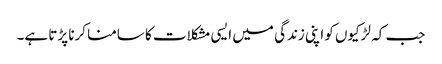
جب کہ لڑکیوں کو اپنی زندگی میں ایسی مشکلات کا سامنا کرنا پڑتا ہے۔